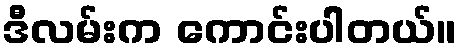
ဒီလမ်းက ကောင်းပါတယ်။